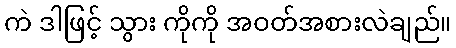
ကဲ ဒါဖြင့် သွား ကိုကို အဝတ်အစားလဲချည်။